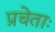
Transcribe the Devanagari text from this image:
प्रचेताः